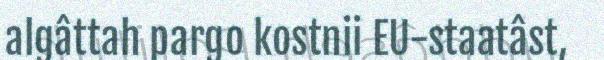
algâttah pargo kostnii EU-staatâst,